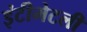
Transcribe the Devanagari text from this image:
इंटीमेटली